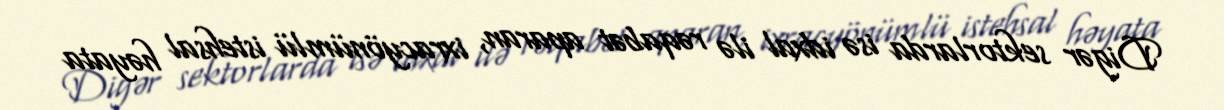
Digər sektorlarda isə idxal ilə rəqabət aparan, ixracyönümlü istehsal həyata